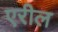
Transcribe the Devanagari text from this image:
एरील